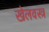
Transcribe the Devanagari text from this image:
खेलवस्त्र